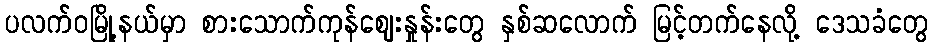
ပလက်ဝမြို့နယ်မှာ စားသောက်ကုန်ဈေးနှုန်းတွေ နှစ်ဆလောက် မြင့်တက်နေလို့ ဒေသခံတွေ